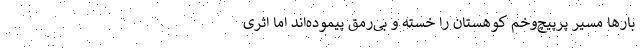
بارها مسیر پرپیچ‌وخم کوهستان را خسته و بی‌رمق پیموده‌اند اما اثری